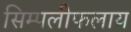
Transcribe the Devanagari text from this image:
सिम्पलीफलाय